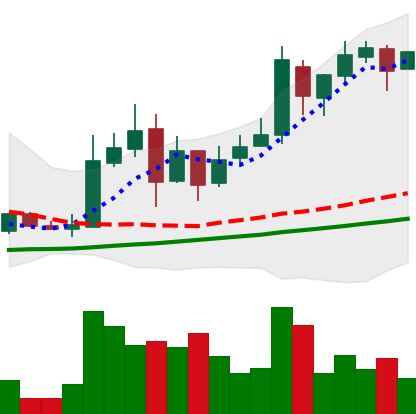
Ticker: LTC-USD
Chart end date: 2017-11-22
Forward return: 27.416%
Label: up_7plus